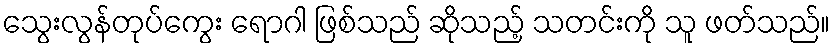
သွေးလွန်တုပ်ကွေး ရောဂါ ဖြစ်သည် ဆိုသည့် သတင်းကို သူ ဖတ်သည်။